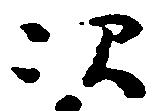
次